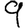
Digit: 9